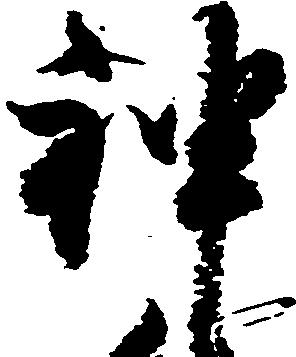
神